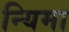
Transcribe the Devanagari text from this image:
न्यिमा